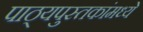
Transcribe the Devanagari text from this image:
पाठ्यपुस्तकांमध्ये